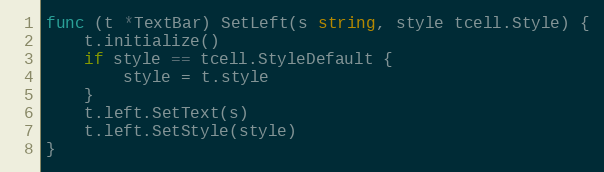
Language: Go
func (t *TextBar) SetLeft(s string, style tcell.Style) {
	t.initialize()
	if style == tcell.StyleDefault {
		style = t.style
	}
	t.left.SetText(s)
	t.left.SetStyle(style)
}